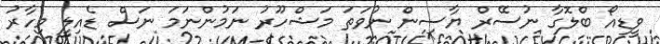
ވީޑިއޯ ބްލޮގާ ނުސޭރް ޔާސިން ނުވަތަ މަޝްހޫރު ނަމުންނަމަ ނަސް ޑެއިލީ މިހާރު